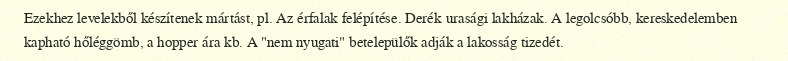
Ezekhez levelekből készítenek mártást, pl. Az érfalak felépítése. Derék urasági lakházak. A legolcsóbb, kereskedelemben kapható hőléggömb, a hopper ára kb. A "nem nyugati" betelepülők adják a lakosság tizedét.